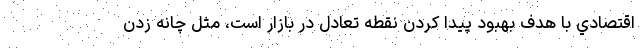
اقتصادي با هدف بهبود پيدا كردن نقطه تعادل در بازار است، مثل چانه زدن